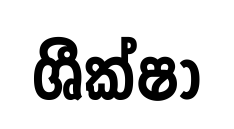
ශීක්ෂා